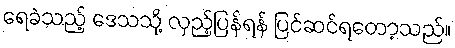
ရေခဲသည့် ဒေသသို့ လှည့်ပြန်ရန် ပြင်ဆင်ရတော့သည်။